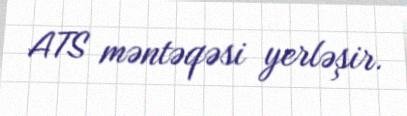
ATS məntəqəsi yerləşir.